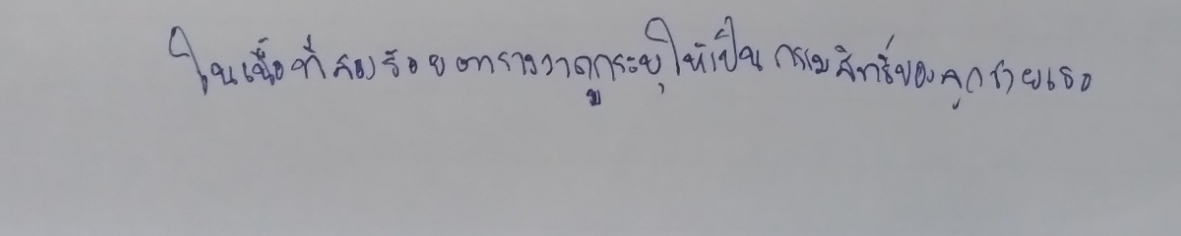
ในเนื้อที่สองร้อยตารางวาถูกระบุให้เป็นกรรมสิทธิ์ของลูกชายของเธอ